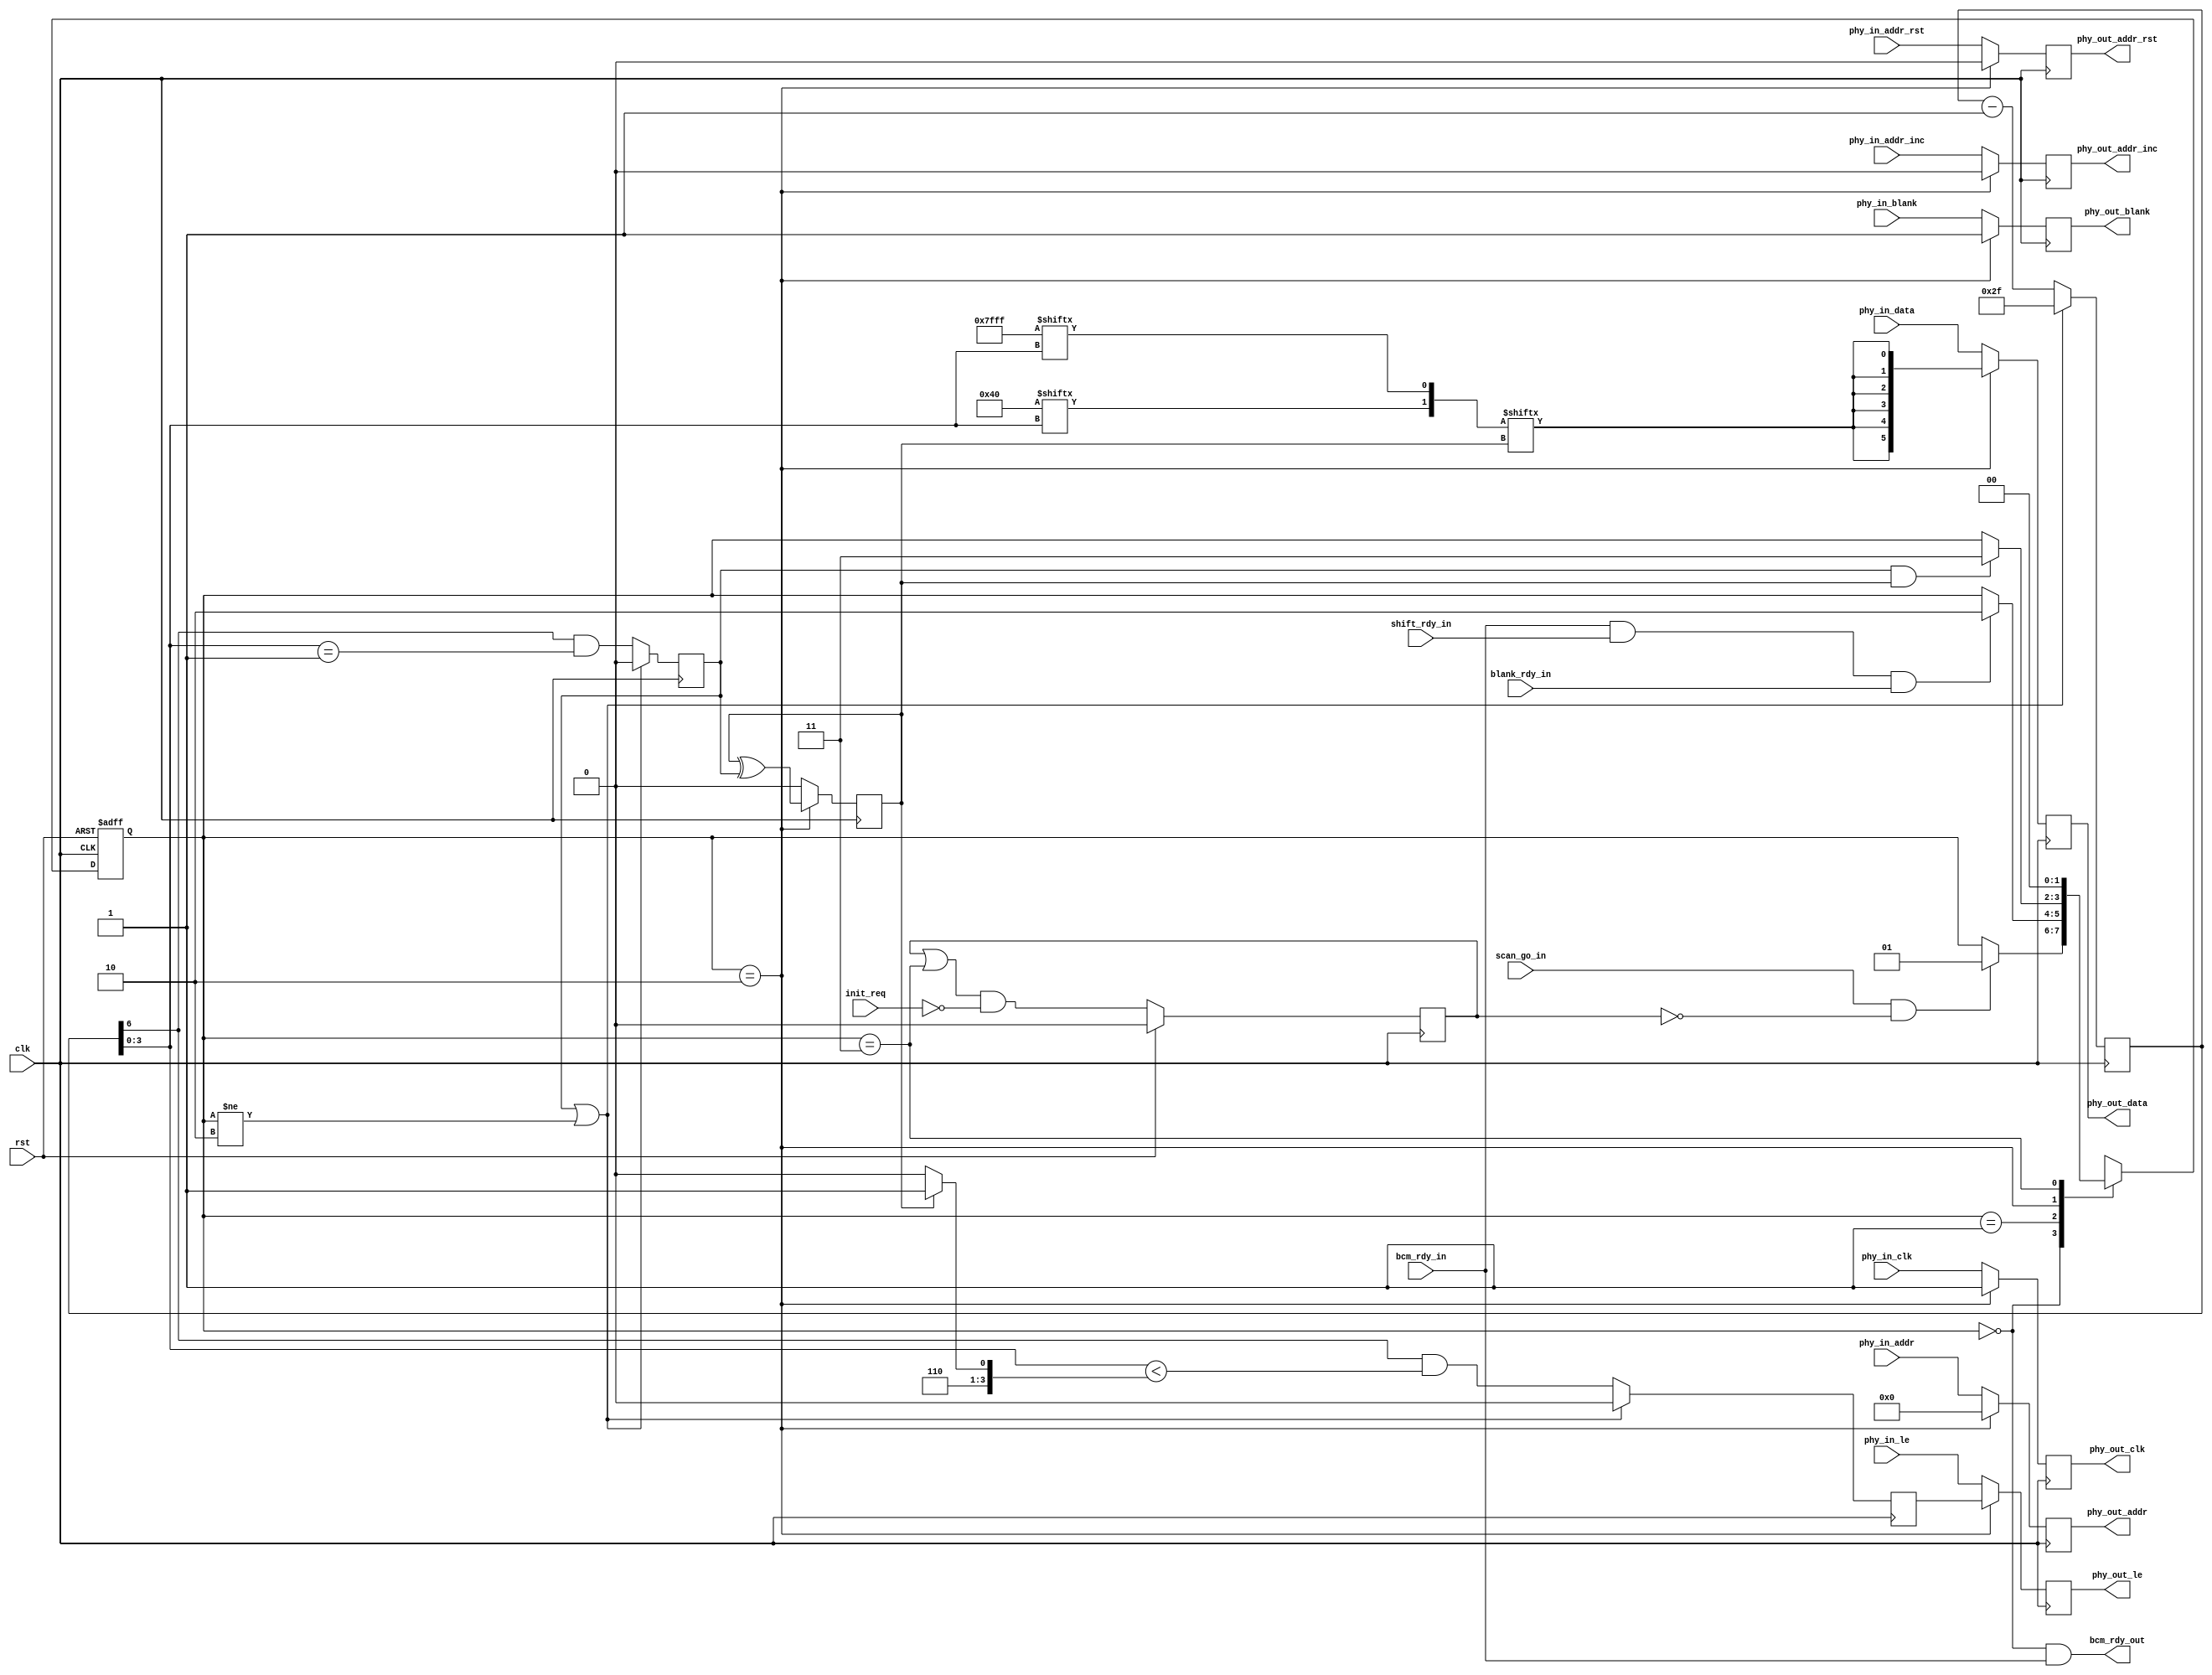
/*
 * hub75_init_inject.v
 *
 * vim: ts=4 sw=4
 *
 * Copyright (C) 2019-2020  Sylvain Munaut <tnt@246tNt.com>
 * SPDX-License-Identifier: CERN-OHL-W-2.0
 */

`default_nettype none

module hub75_init_inject #(
	parameter integer N_BANKS  = 2,
	parameter integer N_ROWS   = 32,
	parameter integer N_COLS   = 64,
	parameter integer N_CHANS  = 3,

	parameter INIT_R1 = 16'h7FFF,
	parameter INIT_R2 = 16'h0040,

	// Auto-set
	parameter integer SDW         = N_BANKS * N_CHANS,
	parameter integer LOG_N_ROWS  = $clog2(N_ROWS),
	parameter integer LOG_N_COLS  = $clog2(N_COLS)
)(
	// PHY interface signals input
	input  wire phy_in_addr_inc,
	input  wire phy_in_addr_rst,
	input  wire [LOG_N_ROWS-1:0] phy_in_addr,
	input  wire [SDW-1:0] phy_in_data,
	input  wire phy_in_clk,
	input  wire phy_in_le,
	input  wire phy_in_blank,

	// PHY interface signals input
	output reg  phy_out_addr_inc,
	output reg  phy_out_addr_rst,
	output reg  [LOG_N_ROWS-1:0] phy_out_addr,
	output reg  [SDW-1:0] phy_out_data,
	output reg  phy_out_clk,
	output reg  phy_out_le,
	output reg  phy_out_blank,

	// Control
	input  wire init_req,

	input  wire scan_go_in,

	input  wire bcm_rdy_in,
	output wire bcm_rdy_out,

	input  wire shift_rdy_in,
	input  wire blank_rdy_in,

	// Clock / Reset
	input  wire clk,
	input  wire rst
);

	// Signals
	// -------

	// FSM
	localparam
		ST_IDLE		= 0,	// Idle
		ST_WAIT		= 1,	// Wait for all activity to be done so we can use the PHY
		ST_SHIFT	= 2,	// Shift the init
		ST_GO		= 3;	// Issue go to scan block

	reg [1:0] fsm_state;
	reg [1:0] fsm_state_next;

	// Request
	reg init_done;

	// Injection
	wire active;
	wire inject_data;
	wire inject_le;

	// Shift logic
	reg  [LOG_N_COLS:0] col_cnt;
	reg  col_last;
	reg  col_le;
	wire col_rst;

	reg  reg_sel;
	(* keep="true" *) wire [1:0] reg_bit;


	// FSM
	// ---

	// State register
	always @(posedge clk or posedge rst)
		if (rst)
			fsm_state <= ST_IDLE;
		else
			fsm_state <= fsm_state_next;

	// Next-State logic
	always @(*)
	begin
		// Default is to not move
		fsm_state_next = fsm_state;

		// Transistions ?
		case (fsm_state)
			ST_IDLE:
				if (scan_go_in & ~init_done)
					fsm_state_next = ST_WAIT;

			ST_WAIT:
				if (bcm_rdy_in & shift_rdy_in & blank_rdy_in)
					fsm_state_next = ST_SHIFT;

			ST_SHIFT:
				if (col_last & reg_sel)
					fsm_state_next = ST_GO;

			ST_GO:
				fsm_state_next = ST_IDLE;
		endcase
	end


	// Control
	// -------

	always @(posedge clk)
		if (rst)
			init_done <= 1'b0;
		else
			init_done <= (init_done | (fsm_state == ST_GO)) & ~init_req;

	// External handshake
	assign bcm_rdy_out = (fsm_state == ST_IDLE) & bcm_rdy_in;


	// Init sequence shift
	// -------------------

	// Flag
	assign active = (fsm_state == ST_SHIFT);

	// Column counter
	assign col_rst = col_last | (fsm_state != ST_SHIFT);

	always @(posedge clk)
		if (col_rst) begin
			col_cnt  <= N_COLS - 17;
			col_last <= 1'b0;
			col_le   <= 1'b0;
		end else begin
			col_cnt  <= col_cnt - 1;
			col_last <= col_cnt[LOG_N_COLS] & (col_cnt[3:0] == 4'h1);
			col_le   <= col_cnt[LOG_N_COLS] & (col_cnt[3:0] < (reg_sel ? 4'hd : 4'hc));
		end
	
	// Reg select
	always @(posedge clk)	
		reg_sel <= (fsm_state == ST_SHIFT) ? (reg_sel ^ col_last) : 1'b0;

	// ROM
	assign reg_bit[0] = INIT_R1[col_cnt[3:0]];
	assign reg_bit[1] = INIT_R2[col_cnt[3:0]];

	// Outputs
	assign inject_data = reg_bit[reg_sel];
	assign inject_le   = col_le;


	// PHY signal injection
	// --------------------

	always @(posedge clk)
	begin
		phy_out_addr_inc <= ~active ? phy_in_addr_inc : 1'b0;
		phy_out_addr_rst <= ~active ? phy_in_addr_rst : 1'b0;
		phy_out_addr     <= ~active ? phy_in_addr     : { LOG_N_ROWS{1'b0} };
		phy_out_data     <= ~active ? phy_in_data     : { SDW{inject_data} };
		phy_out_clk      <= ~active ? phy_in_clk      : 1'b1;
		phy_out_le       <= ~active ? phy_in_le       : inject_le;
		phy_out_blank    <= ~active ? phy_in_blank    : 1'b1;
	end

endmodule